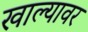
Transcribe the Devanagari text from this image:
खाल्यावर